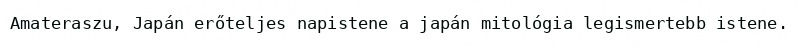
Amateraszu, Japán erőteljes napistene a japán mitológia legismertebb istene.